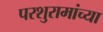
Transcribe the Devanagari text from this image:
परशुरामांच्या